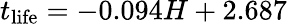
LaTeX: t_{\mathrm{life}}=-0.094H+2.687